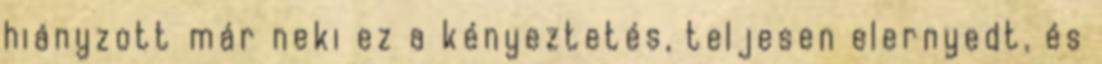
hiányzott már neki ez a kényeztetés, teljesen elernyedt, és